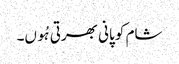
شام کو پانی بھرتی ہُوں۔